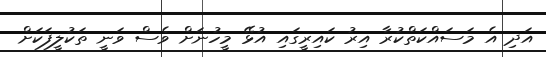
އަދި އެ މަސައްކަތްކުރާ އިރު ކައިރީގައި އުޅޭ މީހުނަށް ވެސް ވަނީ ތަކުލީފަކަށް